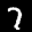
Label: 7